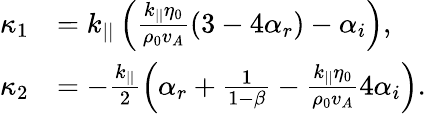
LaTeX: \begin{array}{rl}{\kappa_{1}}&{=k_{||}\left(\frac{k_{||}\eta_{0}}{\rho_{0}v_{A}}\left(3-4\alpha_{r}\right)-\alpha_{i}\right),}\\ {\kappa_{2}}&{=-\frac{k_{||}}{2}\left(\alpha_{r}+\frac{1}{1-\beta}-\frac{k_{||}\eta_{0}}{\rho_{0}v_{A}}4\alpha_{i}\right).}\end{array}